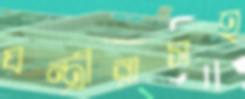
যন্ত্রীরাসহ